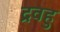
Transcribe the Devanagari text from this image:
द्रवहु